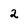
Character: 2